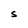
Character: S